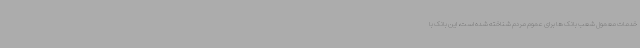
خدمات معمول شعب بانک ها برای عموم مردم شناخته شده است، این بانک با